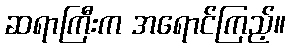
ဆရာကြီးက အရောင်ကြည့်။